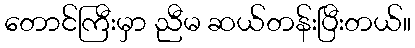
တောင်ကြီးမှာ ညီမ ဆယ်တန်းပြီးတယ်။